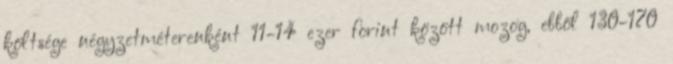
költsége négyzetméterenként 11-14 ezer forint között mozog, ebből 130-170